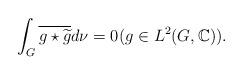
LaTeX: \begin{align*} \int_G \overline{g\star \widetilde{g}} d\nu = 0 (g\in L^2(G,\mathbb{C})).\end{align*}